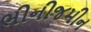
ભીનીજમીન